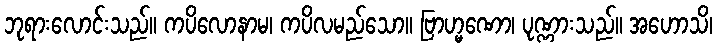
ဘုရားလောင်းသည်။ ကပိလောနာမ၊ ကပိလမည်သော။ ဗြာဟ္မဏော၊ ပုဏ္ဏားသည်။ အဟောသိ၊